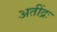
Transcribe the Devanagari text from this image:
अतींद्रः